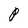
Character: P